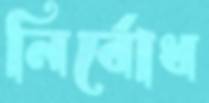
নির্বোধ